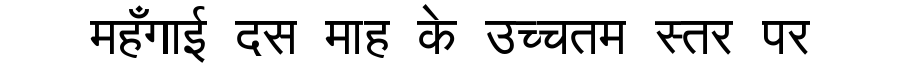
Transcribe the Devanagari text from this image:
महँगाई दस माह के उच्चतम स्तर पर